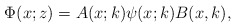
\begin{align*}\Phi(x;z)=A(x;k)\psi(x;k)B(x,k),\end{align*}